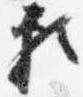
頼